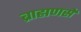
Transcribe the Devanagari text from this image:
ब्राह्मणसे